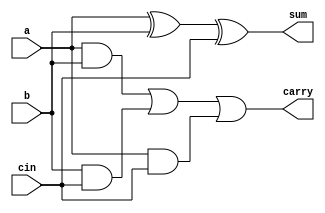
module full_adder1(a,b,cin,sum,carry);

input a,b,cin;
output sum,carry;
wire w1,w2,w3,w4,w5;

xor x1(w1,a,b);
xor x2(sum,w1,cin);

and a1(w3,a,b);
and a2(w4,b,cin);
and a3(w5,a,cin);

or o1(carry,w3,w4,w5);

endmodule